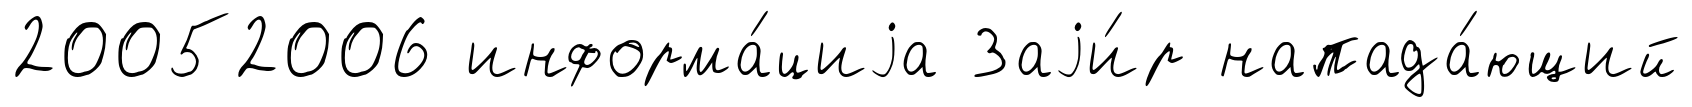
20052006 информа́циjа Заjи́р напада́ющий